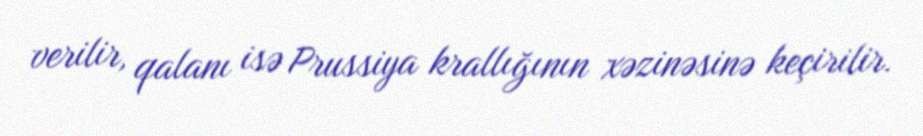
verilir, qalanı isə Prussiya krallığının xəzinəsinə keçirilir.